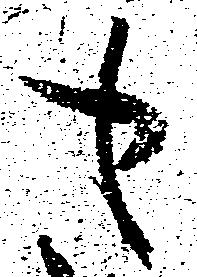
も